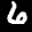
Label: 6